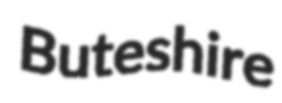
Buteshire